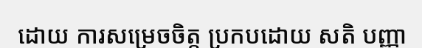
ដោយ ការសម្រេចចិត្ត ប្រកបដោយ សតិ បញ្ញា